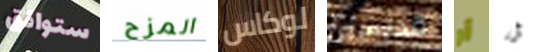
ستوافق المزح لوكاس قديسين أو أن